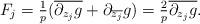
LaTeX: \begin{align*}F_j = \tfrac1{p}(\overline{\partial_{{z_j}} g } + \partial_{\overline{z_j}} g )= \tfrac2p \overline{\partial_{{z_j}} g }.\end{align*}